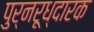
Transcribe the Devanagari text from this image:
पुर्नरूध्दारक